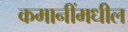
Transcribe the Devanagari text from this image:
कमानींमधील